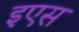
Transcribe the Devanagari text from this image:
इएस